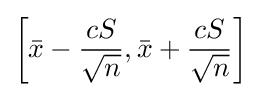
\left[{\bar {x}}-{\frac {cS}{\sqrt {n}}},{\bar {x}}+{\frac {cS}{\sqrt {n}}}\right]